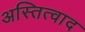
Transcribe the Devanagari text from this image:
अस्तित्वाद